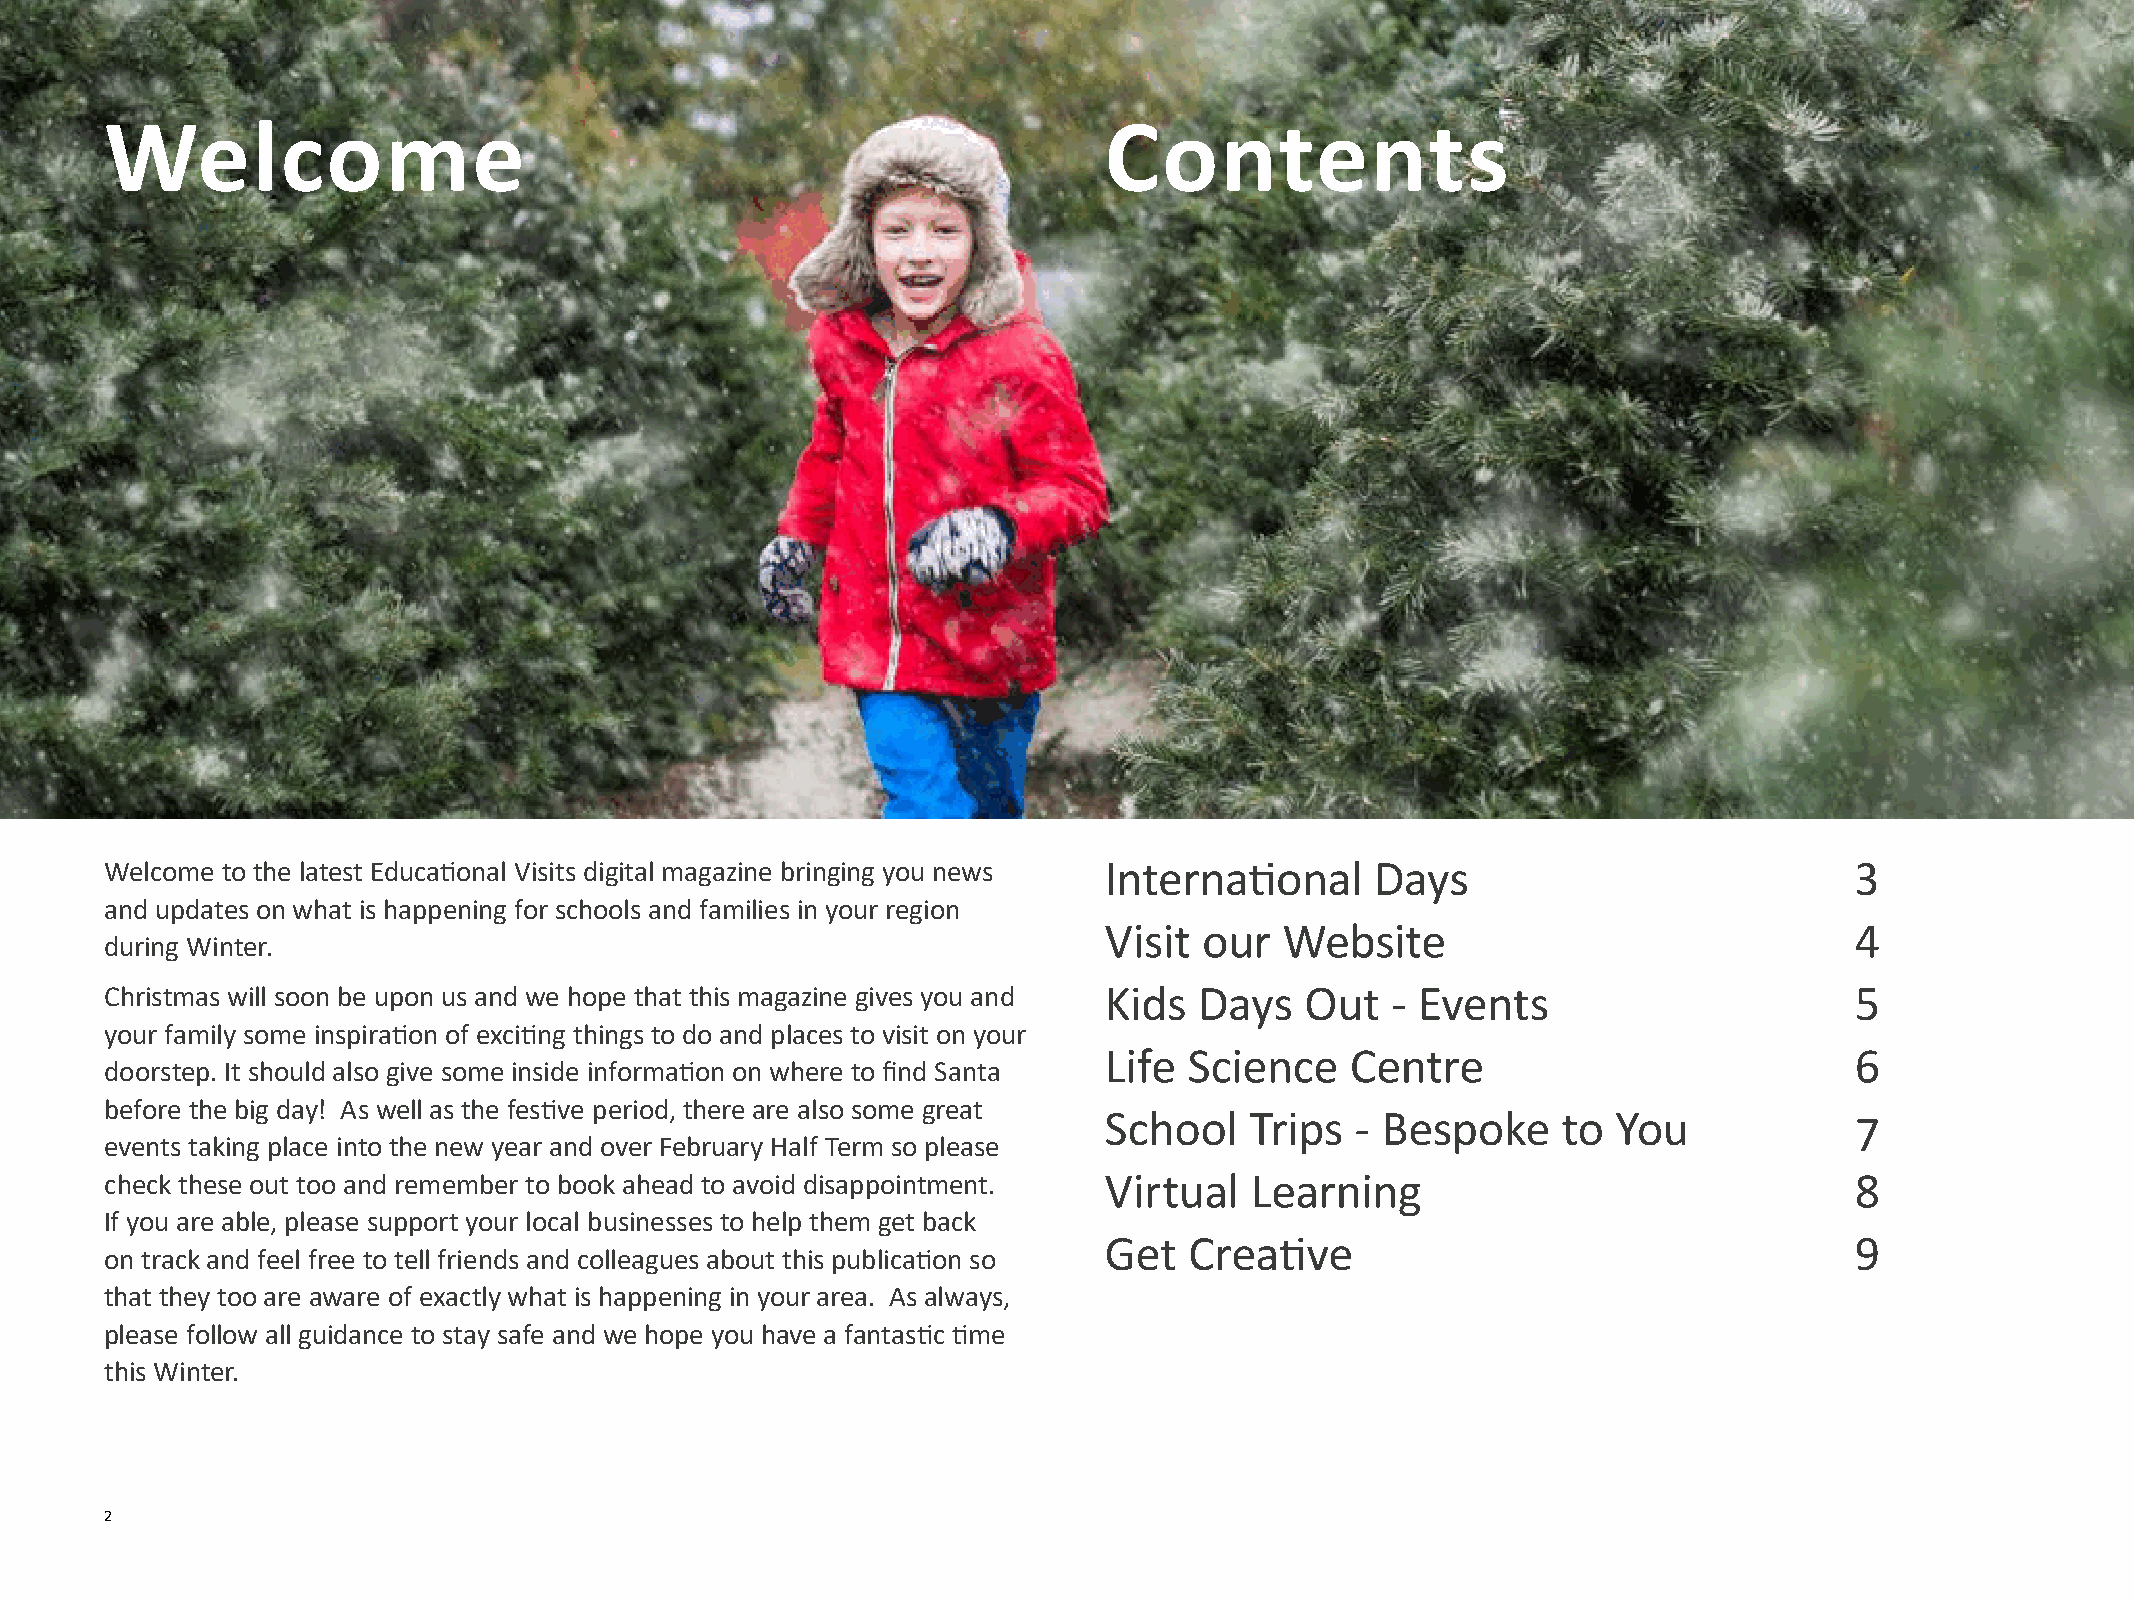
Welcome                                                           Contents
 Welcome to the latest Educational Visits digital magazine bringing you news International Days                  3
 and updates on what is happening for schools and families in your region
 Visit  our  Website                               4
 during Winter.
 Christmas will soon be upon us and we hope that this magazine gives you and Kids Days Out - Events                  5
 your family some inspiration of exciting things to do and places to visit on your
 Life  Science   Centre                            6
 doorstep. It should also give some inside information on where to find Santa
 before the big day! As well as the festive period, there are also some great
 School    Trips  - Bespoke    to  You             7
 events taking place into the new year and over February Half Term so please
 check these out too and remember to book ahead to avoid disappointment. Virtual Learning                            8
 If you are able, please support your local businesses to help them get back
 Get   Creative                                    9
 on track and feel free to tell friends and colleagues about this publication so
 that they too are aware of exactly what is happening in your area. As always,
 please follow all guidance to stay safe and we hope you have a fantastic time
 this Winter.
 2   GO YORKSHIRE DAYS OUT                                                                                               AUTUMN 2020